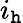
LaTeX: i_{\mathtt{h}}